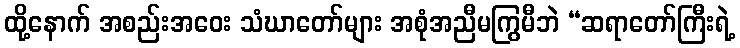
ထို့နောက် အစည်းအဝေး သံဃာတော်များ အစုံအညီမကြွမီဘဲ “ဆရာတော်ကြီးရဲ့